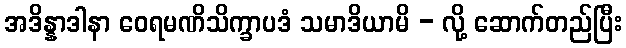
အဒိန္နာဒါနာ ဝေရမဏိသိက္ခာပဒံ သမာဒိယာမိ - လို့ ဆောက်တည်ပြီး